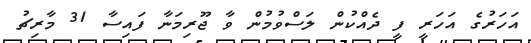
އަހަރުގެ އަހަރީ ފީ ދެއްކުން ލަސްވުމުން ވާ ޖޫރިމަނާ ފައިސާ 31 މާރިޗު